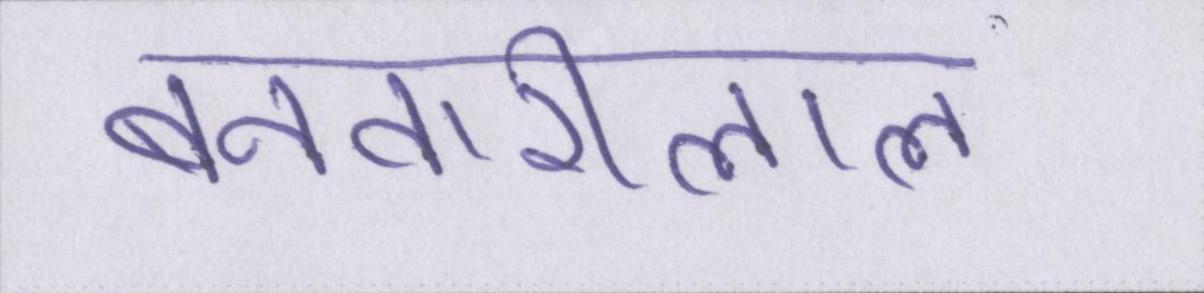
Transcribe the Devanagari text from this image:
बनवारीलाल